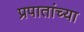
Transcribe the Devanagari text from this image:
प्रपातांच्या